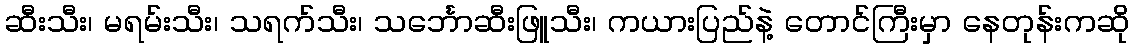
ဆီးသီး၊ မရမ်းသီး၊ သရက်သီး၊ သင်္ဘောဆီးဖြူသီး၊ ကယားပြည်နဲ့ တောင်ကြီးမှာ နေတုန်းကဆို